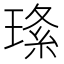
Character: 𤦰